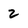
Character: 2